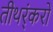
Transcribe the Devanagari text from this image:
तीथर्ंकरों